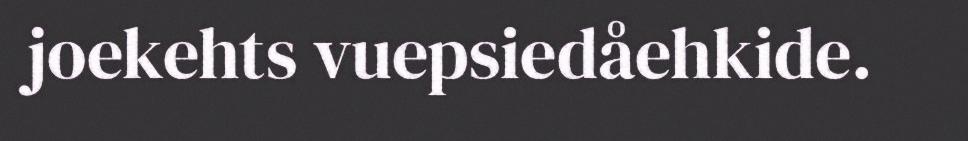
joekehts vuepsiedåehkide.